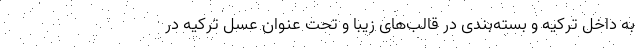
به داخل ترکیه و بسته‌بندی در قالب‌های زیبا و تحت عنوان عسل ترکیه در